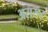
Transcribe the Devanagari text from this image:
असरूर